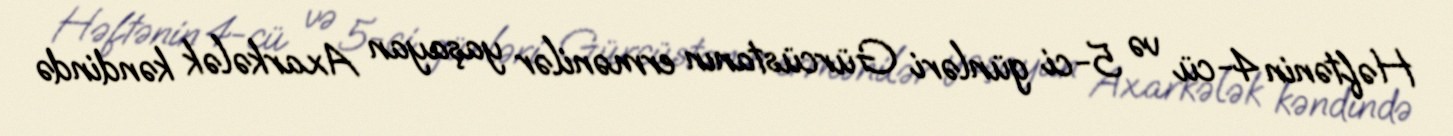
Həftənin 4-cü və 5-ci günləri Gürcüstanın ermənilər yaşayan Axarkələk kəndində